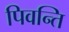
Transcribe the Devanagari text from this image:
पिवन्ति